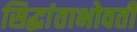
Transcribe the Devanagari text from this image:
सिद्धांताभोवती